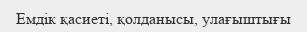
Емдік қасиеті, қолданысы, улағыштығы